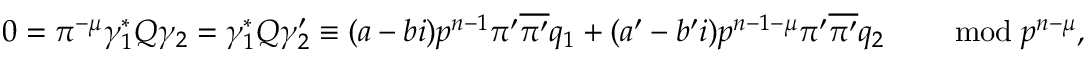
0 = \pi ^ { - \mu } \gamma _ { 1 } ^ { * } Q \gamma _ { 2 } = \gamma _ { 1 } ^ { * } Q \gamma _ { 2 } ^ { \prime } \equiv ( a - b i ) p ^ { n - 1 } \pi ^ { \prime } \overline { { \pi ^ { \prime } } } q _ { 1 } + ( a ^ { \prime } - b ^ { \prime } i ) p ^ { n - 1 - \mu } \pi ^ { \prime } \overline { { \pi ^ { \prime } } } q _ { 2 } \qquad \bmod p ^ { n - \mu } ,